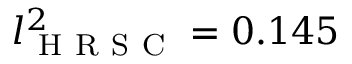
l _ { \mathrm { ~ H ~ R ~ S ~ C ~ } } ^ { 2 } = 0 . 1 4 5